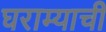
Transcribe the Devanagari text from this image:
घराम्याची